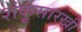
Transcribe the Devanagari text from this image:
शंकूसारखी